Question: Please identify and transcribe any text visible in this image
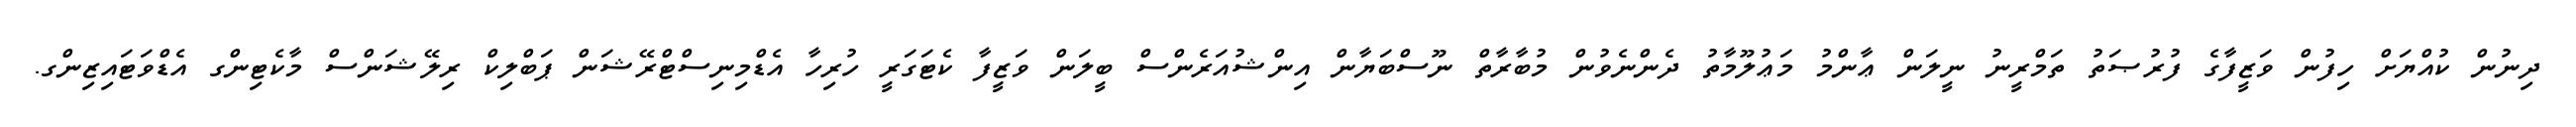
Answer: ދިނުން ކުއްޔަށް ހިފުން ވަޒީފާގެ ފުރުޞަތު ތަމްރީނު ނީލަން ޢާންމު މަޢުލޫމާތު ދެންނެވުން މުބާރާތް ނޫސްބަޔާން އިންޝުއަރެންސް ބީލަން ވަޒީފާ ކެޓަގަރީ ހުރިހާ އެޑްމިނިސްޓްރޭޝަން ޕަބްލިކް ރިލޭޝަންސް މާކެޓިންގ އެޑްވަޓައިޒިންގ.